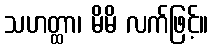
သဟတ္ထာ၊ မိမိ လက်ဖြင့်။